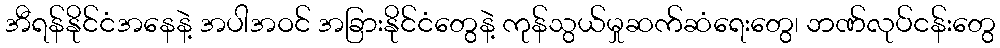
အီရန်နိုင်ငံအနေနဲ့ အပါအဝင် အခြားနိုင်ငံတွေနဲ့ ကုန်သွယ်မှုဆက်ဆံရေးတွေ၊ ဘဏ်လုပ်ငန်းတွေ